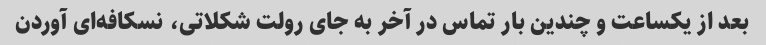
بعد از یکساعت و چندین بار تماس در آخر به جای رولت شکلاتی، نسکافه‌ای آوردن